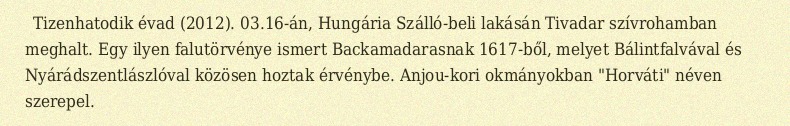
Tizenhatodik évad (2012). 03.16-án, Hungária Szálló-beli lakásán Tivadar szívrohamban meghalt. Egy ilyen falutörvénye ismert Backamadarasnak 1617-ből, melyet Bálintfalvával és Nyárádszentlászlóval közösen hoztak érvénybe. Anjou-kori okmányokban "Horváti" néven szerepel.